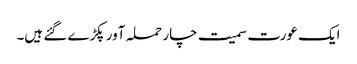
ایک عورت سمیت چار حملہ آور پکڑے گئے ہیں۔